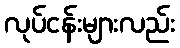
လုပ်ငန်းများလည်း